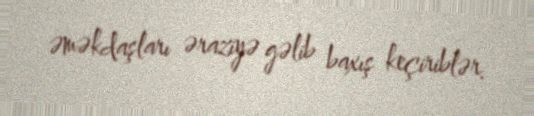
əməkdaşları əraziyə gəlib baxış keçiriblər.